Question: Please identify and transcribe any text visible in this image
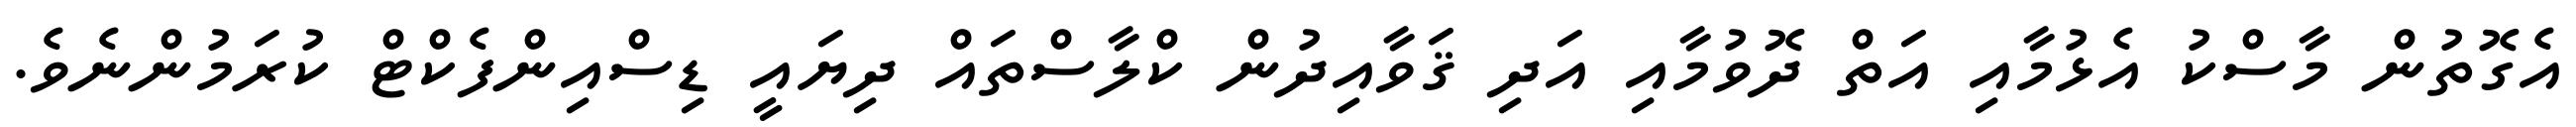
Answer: އެގޮތުން މާސްކު އެޅުމާއި އަތް ދޮވުމާއި އަދި ޤަވާއިދުން ކްލާސްތައް ދިޔައީ ޑިސްއިންފެކްޓް ކުރަމުންނެވެ.